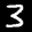
Label: 3